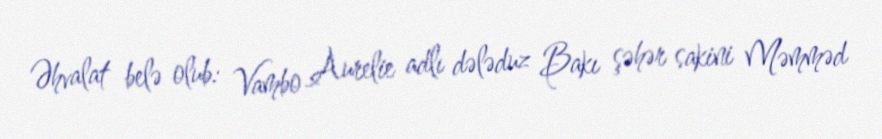
Əhvalat belə olub: Vambo Aurelie adlı dələduz Bakı şəhər sakini Məmməd